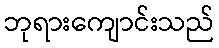
ဘုရားကျောင်းသည်